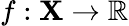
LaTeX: f:\mathbf{X}\to\mathbb{{R}}